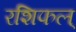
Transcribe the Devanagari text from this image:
रशिफल्